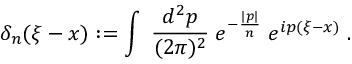
\delta _ { n } ( \xi - x ) : = \int \; \frac { d ^ { 2 } p } { ( 2 \pi ) ^ { 2 } } \; e ^ { - \frac { | p | } { n } } \; e ^ { i p ( \xi - x ) } \; .